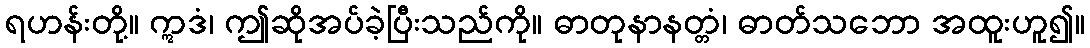
ရဟန်းတို့။ ဣဒံ၊ ဤဆိုအပ်ခဲ့ပြီးသည်ကို။ ဓာတုနာနတ္တံ၊ ဓာတ်သဘော အထူးဟူ၍။